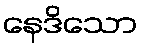
နေဒိသော